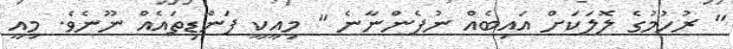
" ރުހުމުގެ ލޮލަކަށް އައިބެއް ނުފެންނާނެ " މިއީކީ ފަންޑިތައެއް ނޫނެވެ. މިއީ